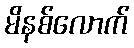
မိနစ်လောက်